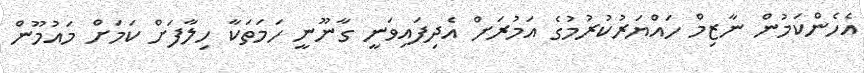
އެހެންކަމުން ނާޒިމް ހައްޔަރުކުރުމުގެ އަމުރަށް އެދިފައިވަނީ ގާނޫނީ ހަމަތަކާ ހިލާފަށް ކަމަށް މައުމޫން